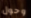
وحول